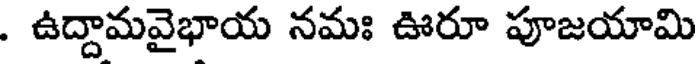
. ఉద్దామవైభాయ నమః ఊరూ పూజయామి